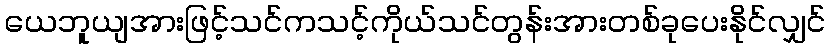
ယေဘူယျအားဖြင့်သင်ကသင့်ကိုယ်သင်တွန်းအားတစ်ခုပေးနိုင်လျှင်